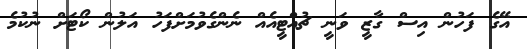
އޭގެ ފަހުން އިސް ގާޒީ ވަނީ ޗުއްޓީއެއް ނެންގެވުމަށްފަހު އަލުން ކޯޓަށް ނުކުމެ